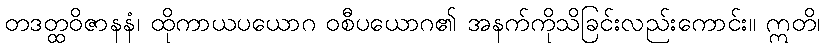
တဒတ္ထဝိဇာနနံ၊ ထိုကာယပယောဂ ဝစီပယောဂ၏ အနက်ကိုသိခြင်းလည်းကောင်း။ ဣတိ၊